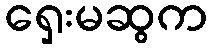
ရှေးမဆွက